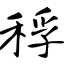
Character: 稃